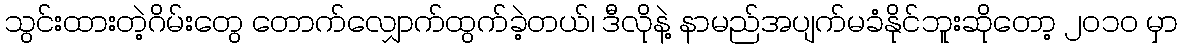
သွင်းထားတဲ့ဂိမ်းတွေ တောက်လျှောက်ထွက်ခဲ့တယ်၊ ဒီလိုနဲ့ နာမည်အပျက်မခံနိုင်ဘူးဆိုတော့ ၂၀၁၀ မှာ